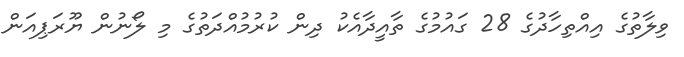
ވިލާތުގެ އިއްތިހާދުގެ 28 ގައުމުގެ ތާއީދާއެކު ދިން ކުރުމުއްދަތުގެ މި ލޯނުން ޔޫރަޕިއަން